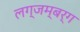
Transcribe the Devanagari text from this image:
लग्जम्बर्ग